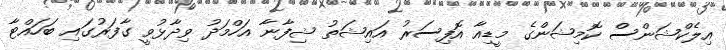
އިލެކްޝަންސް ކޮމިޝަންގެ މީޑިއާ އޮފިސަރު އައިޝަތު ޝިފާނާ އަހްމަދު ވިދާޅުވީ ގާފަރުގައި ބަހައްޓާ